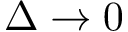
\Delta \to 0